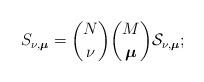
LaTeX: \begin{align*}S_{\nu,\boldsymbol\mu}=\binom{N}{\nu}\binom{M}{\boldsymbol\mu}\mathcal S_{\nu,\boldsymbol\mu};\end{align*}